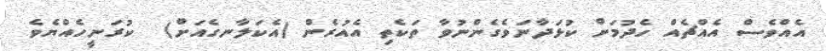
އެއްވެސް އެއްޗެއް ހެދުމަށް ކުޅަދާނަވެގެންނުވާ ތަކެތި އެއުރެން (އެކަލާނގެއަށް)  ކުރަނީހެއްޔެވެ